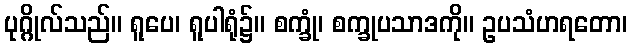
ပုဂ္ဂိုလ်သည်။ ရူပေ၊ ရူပါရုံ၌။ စက္ခုံ၊ စက္ခုပသာဒကို။ ဥပသံဟရတော၊